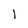
Character: l